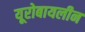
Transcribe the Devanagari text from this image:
यूरोबायलीन